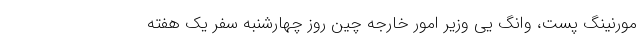
مورنینگ پست، وانگ یی وزیر امور خارجه چین روز چهارشنبه سفر یک هفته